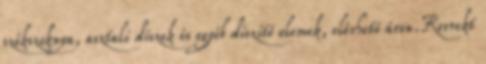
székszoknya, asztali díszek és egyéb díszítő elemek, elérhető áron.Korrekt